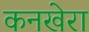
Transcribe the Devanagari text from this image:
कनखेरा